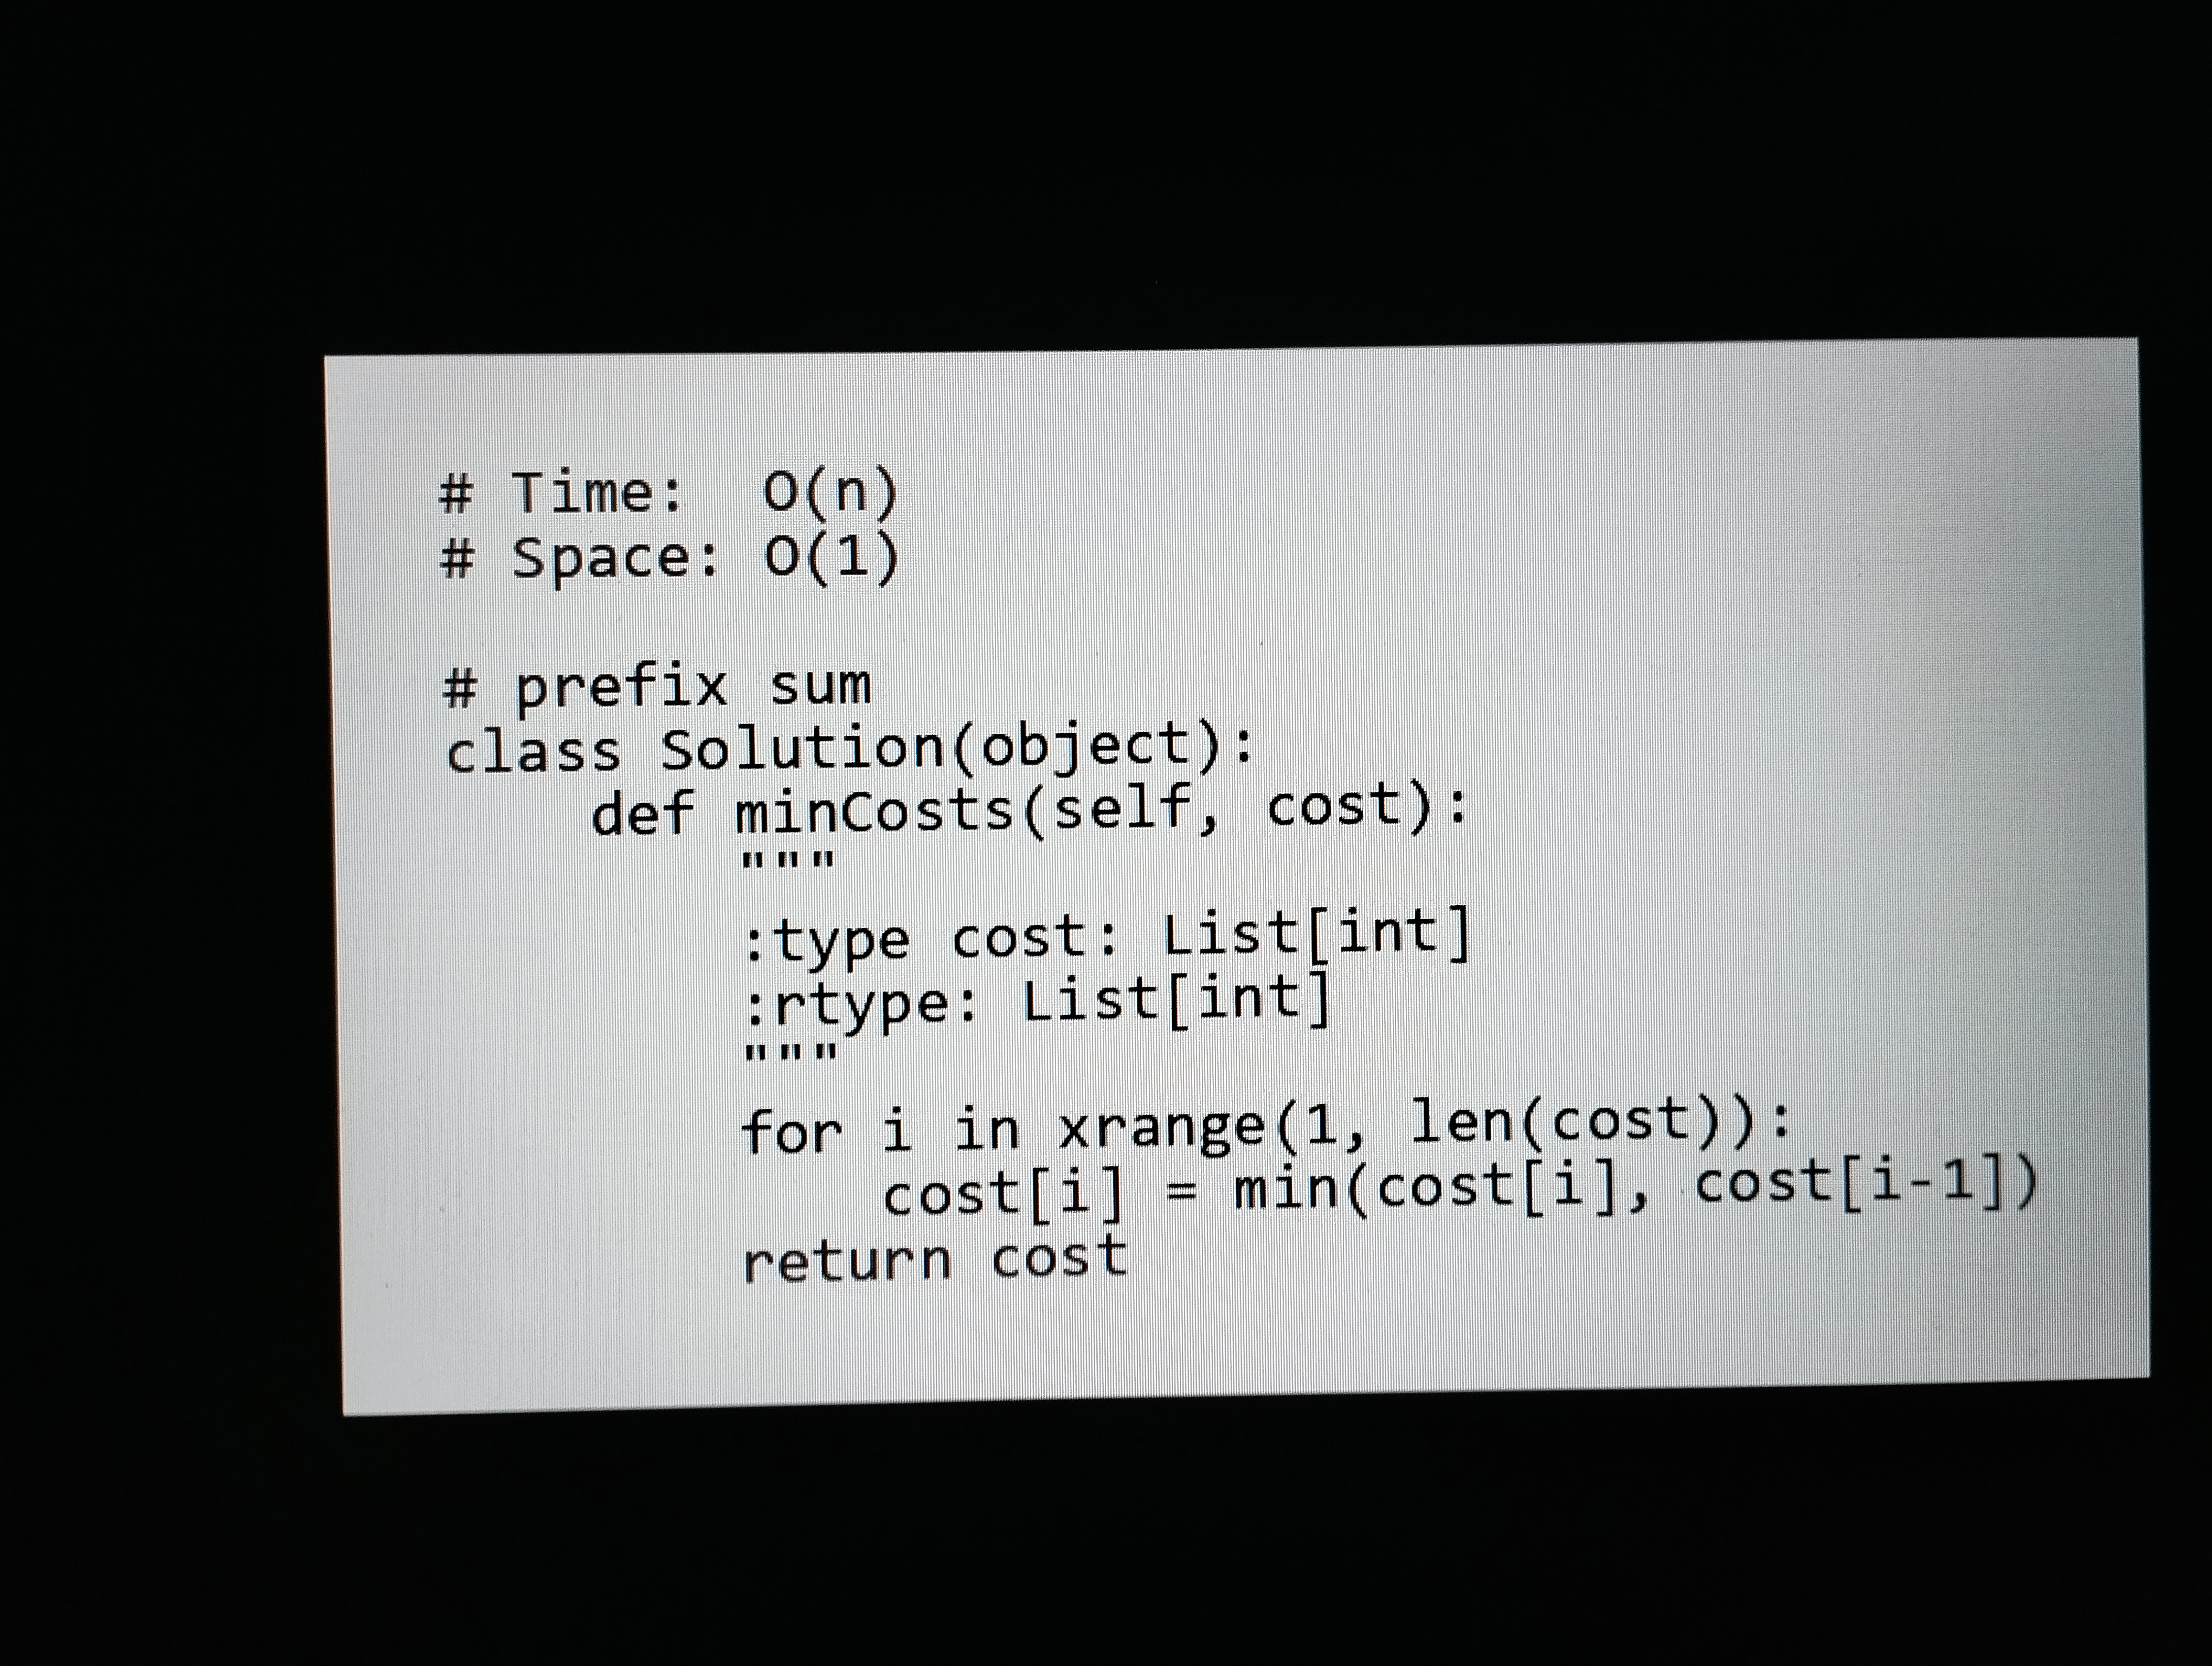
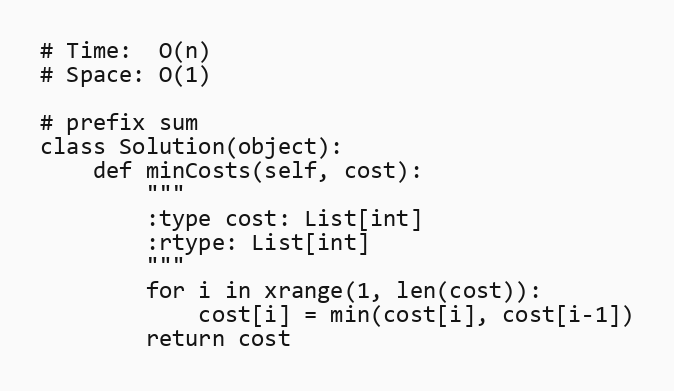
# Time:  O(n)
# Space: O(1)

# prefix sum
class Solution(object):
    def minCosts(self, cost):
        """
        :type cost: List[int]
        :rtype: List[int]
        """
        for i in xrange(1, len(cost)):
            cost[i] = min(cost[i], cost[i-1])
        return cost